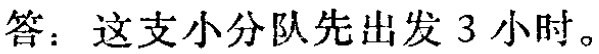
答：这支小分队先出发 3 小时。